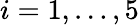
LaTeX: i=1,\ldots,5